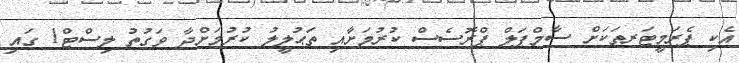
އެކި ޕެރަމީޓަރތަކަށް ސާމްޕަލް ޕްރޮސެސް ކުރުމަށާއި ތަޙުލީލު ކުރުމަށްދާ ވަގުތު ލިސްޓް1 ގައި